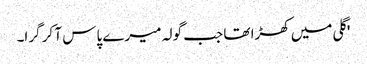
'گلی میں کھڑا تھا جب گولہ میرے پاس آ کر گرا۔